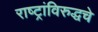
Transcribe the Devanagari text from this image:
राष्ट्रांविरुद्धचे